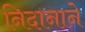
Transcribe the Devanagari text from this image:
निदानाने